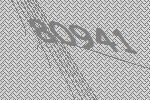
80941